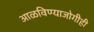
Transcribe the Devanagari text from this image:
आळविण्याजोगीही